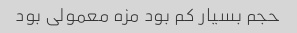
حجم بسیار کم بود مزه معمولی بود